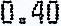
0.40